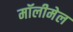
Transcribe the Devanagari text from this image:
मॉलीमेल